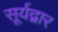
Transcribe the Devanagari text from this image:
सूर्यद्वार